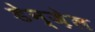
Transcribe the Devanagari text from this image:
डेन्ज़ेल